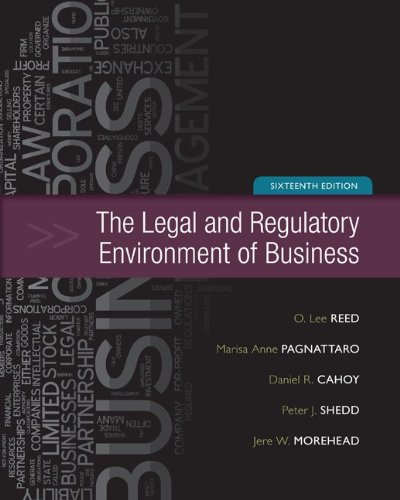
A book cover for The Legal and Regulatory Environment of Business; O. Lee Reed; Law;